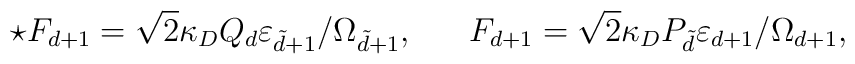
\star F_{d+1}=\sqrt{2}\kappa_DQ_d\varepsilon_{\tilde{d}+1}/\Omega_{\tilde{d}+1}, \ \ \ \ \ F_{d+1}=\sqrt{2}\kappa_DP_{\tilde{d}}\varepsilon_{d+1}/\Omega_{d+1},